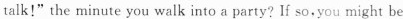
talk!"the minute you walk into a party? If so you might be